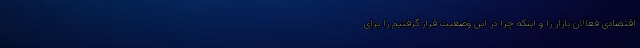
اقتصادی فعالان بازار را و اینکه چرا در این وضعیت قرار گرفتیم را برای